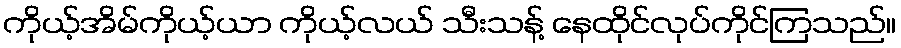
ကိုယ့်အိမ်ကိုယ့်ယာ ကိုယ့်လယ် သီးသန့် နေထိုင်လုပ်ကိုင်ကြသည်။